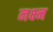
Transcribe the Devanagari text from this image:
नक्ष्न